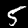
Digit: 5